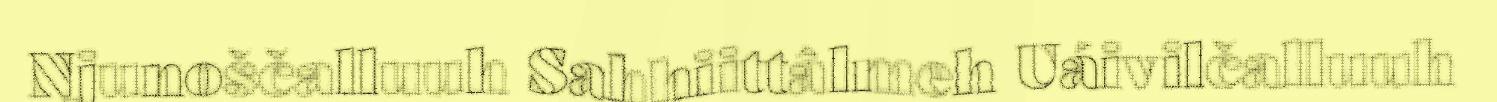
Njunoščalluuh Sahhiittâlmeh Uáivilčalluuh